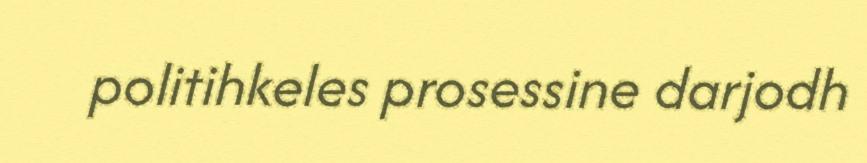
politihkeles prosessine darjodh